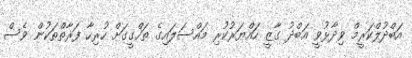
އަބްދުލްކަރީމް ވިދާޅުވީ އަބްދު ގާޒީ ހައްޔަރުކުރި މައްސަލައިގެ ތަހްގީގަށް ހުރިހާ ފަރާތްތަކުން ވެސް